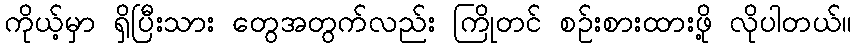
ကိုယ့်မှာ ရှိပြီးသား တွေအတွက်လည်း ကြိုတင် စဉ်းစားထားဖို့ လိုပါတယ်။